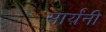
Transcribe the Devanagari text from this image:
सार्य़ंनी